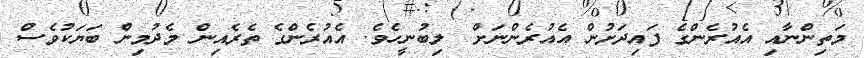
މަތިންނާއި އެއުރެންގެ ފައިދަށުން އެއުރެންނަށް  ލިބުނީހެވެ. އެއުރެންގެ ތެރެއިން މެދުމިން ބަޔަކުވެސް